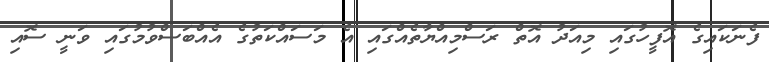
ފެނަކައިގެ އޮފީހުގައި މިއަދު އޮތް ރަސްމިއްޔާތެއްގައި އެ މަސައްކަތުގެ އެއްބަސްވުމުގައި ވަނީ ސޮއި